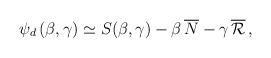
LaTeX: \begin{align*}\psi_d \, (\beta , \gamma) \simeq S (\beta , \gamma) - \beta \,\overline N - \gamma \, \overline{\cal R} \, , \end{align*}